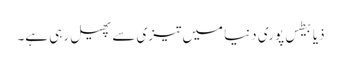
ذیابیطس پوری دنیا میں تیزی سے پھیل رہی ہے۔